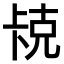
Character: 𫧱